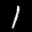
Label: 1